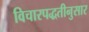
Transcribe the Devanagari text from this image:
विचारपद्धतीनुसार